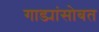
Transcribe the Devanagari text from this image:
गाड्यांसोबत